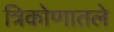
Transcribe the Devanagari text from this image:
त्रिकोणातले